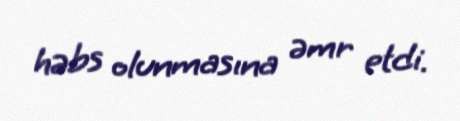
həbs olunmasına əmr etdi.